Indian journal of veterinary science and animal husbandry - Volume 11,
Year: 1941
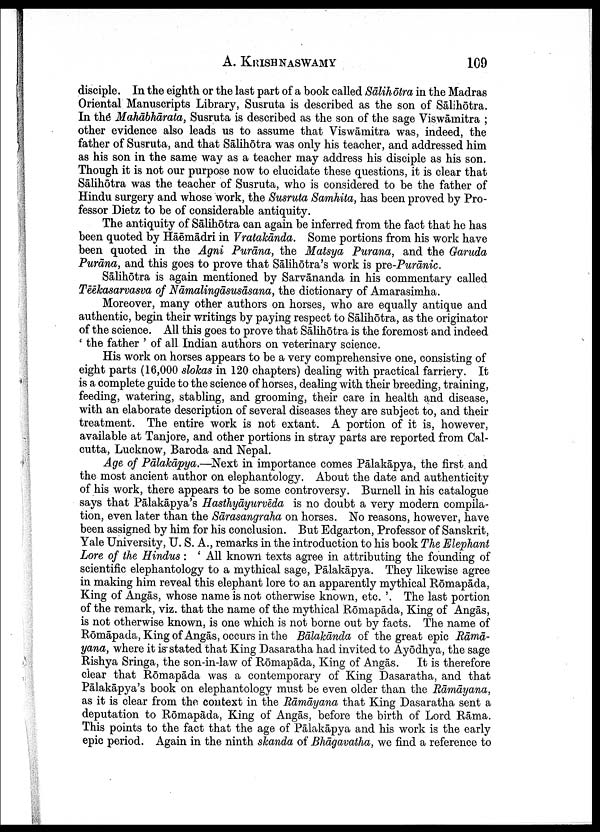
A.
KRISHNASWAMY
109
disciple. In the eighth or the last part of a book called Sālihōtra in the Madras
Oriental Manuscripts Library, Susruta is described as the son of Sālihōtra.
In the Mahābhārata, Susruta is described as the son of the sage Viswāmitra ;
other evidence also leads us to assume that Viswāmitra was, indeed, the
father of Susruta, and that Sālihōtra was only his teacher, and addressed him
as his son in the same way as a teacher may address his disciple as his son.
Though it is not our purpose now to elucidate these questions, it is clear that
Sālihōtra was the teacher of Susruta, who is considered to be the father of
Hindu surgery and whose work, the Susruta Samhita, has been proved by Pro
fessor Dietz to be of considerable antiquity.
The antiquity of Sālihōtra can again be inferred from the fact that he has
been quoted by Hāēmādri in Vratakāndnda. Some portions from his work have
been quoted in the Agni Purāna, the Matsya Purana, and the Garuda
Purāna, and this goes to prove that Sālihōtra's work is pre-Purānic.
Sālihōtra is again mentioned by Sarvānanda in his commentary called
Tēēkasarvasva of Nāmalingāsusāsana, the dictionary of Amarasimha.
Moreover, many other authors on horses, who are equally antique and
authentic, begin their writings by paying respect to Sālihōtra, as the originator
of the science. All this goes to prove that Sālihōtra is the foremost and indeed
' the father ' of all Indian authors on veterinary science.
His work on horses appears to be a very comprehensive one, consisting of
eight parts (16,000 slokas in 120 chapters) dealing with practical farriery. It
is a complete guide to the science of horses, dealing with their breeding, training,
feeding, watering, stabling, and grooming, their care in health and disease,
with an elaborate description of several diseases they are subject to, and their
treatment. The entire work is not extant. A portion of it is, however,
available at Tanjore, and other portions in stray parts are reported from Cal
cutta, Lucknow, Baroda and Nepal.
Age of Pālakāpya.—Next in importance comes Pālakāpya, the first and
the most ancient author on elephantology. About the date and authenticity
of his work, there appears to be some controversy. Burnell in his catalogue
says that Pālakāpya's Hasthyāyurvēda is no doubt a very modern compila
tion, even later than the Sārasangraha on horses. No reasons, however, have
been assigned by him for his conclusion. But Edgarton, Professor of Sanskrit,
Yale University, U. S. A., remarks in the introduction to his book The Elephant
Lore of the Hindus : ' All known texts agree in attributing the founding of
scientific elephantology to a mythical sage, Pālakāpya. They likewise agree
in making him reveal this elephant lore to an apparently mythical Rōmapāda,
King of Angās, whose name is not otherwise known, etc. '. The last portion
of the remark, viz. that the name of the mythical Rōmapāda, King of Angās,
is not otherwise known, is one which is not borne out by facts. The name of
Rōmāpada, King of Angās, occurs in the Bālakānda of the great epic Rāmā
yana, where it is-stated that King Dasaratha had invited to Ayōdhya, the sage
Rishya Sringa, the son-in-law of Rōmapāda, King of Angās. It is therefore
clear that Rōmapāda was a contemporary of King Dasaratha, and that
Pālakāpya's book on elephantology must be even older than the Rāmāyana,
as it is clear from the context in the Rāmāyana that King Dasaratha sent a
deputation to Rōmapāda, King of Angās, before the birth of Lord Rāma.
This points to the fact that the age of Pālakāpya and his work is the early
epic period. Again in the ninth skanda of Bhāgavatha, we find a reference to